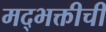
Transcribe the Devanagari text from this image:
मद्भक्तीची